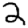
Digit: 2